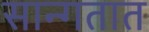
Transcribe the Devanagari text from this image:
सान्गतात